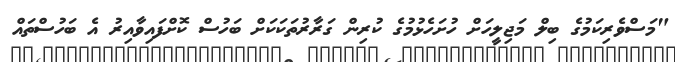
"މަސްވެރިކަމުގެ ބިލް މަޖިލީހަށް ހުށަހެޅުމުގެ ކުރިން ގަރާރުތަކަކަށް ބަހުސް ކޮށްފައިވާއިރު އެ ބަހުސްތައް